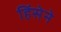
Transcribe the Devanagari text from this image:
हिंसेने